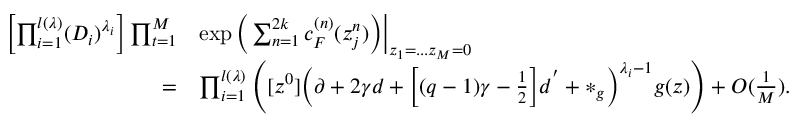
\begin{array} { r l } { \left[ \prod _ { i = 1 } ^ { l ( \lambda ) } ( D _ { i } ) ^ { \lambda _ { i } } \right] \prod _ { t = 1 } ^ { M } } & { \exp \Big ( \sum _ { n = 1 } ^ { 2 k } c _ { F } ^ { ( n ) } ( z _ { j } ^ { n } ) \Big ) \Bigr | _ { z _ { 1 } = . . . z _ { M } = 0 } } \\ { = } & { \prod _ { i = 1 } ^ { l ( \lambda ) } \Bigg ( [ z ^ { 0 } ] \Big ( \partial + 2 \gamma d + \Big [ ( q - 1 ) \gamma - \frac { 1 } { 2 } \Big ] d ^ { ' } + * _ { g } \Big ) ^ { \lambda _ { i } - 1 } g ( z ) \Bigg ) + O ( \frac { 1 } { M } ) . } \end{array}